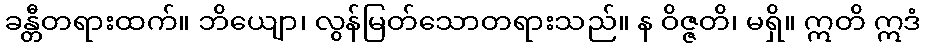
ခန္တီတရားထက်။ ဘိယျော၊ လွန်မြတ်သောတရားသည်။ န ဝိဇ္ဇတိ၊ မရှိ။ ဣတိ ဣဒံ